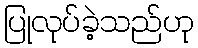
ပြုလုပ်ခဲ့သည်ဟု